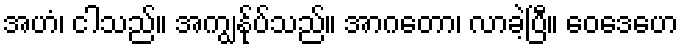
အဟံ၊ ငါသည်။ အကျွန်ုပ်သည်။ အာဂတော၊ လာခဲ့ပြီ။ ဝေဒေဟေ